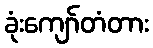
ခုံးကျော်တံတား